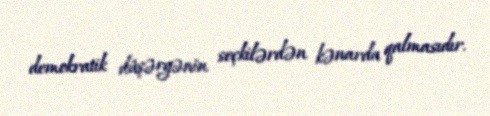
demokratik düşərgənin seçkilərdən kənarda qalmasıdır.